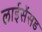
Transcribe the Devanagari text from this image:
लाईसेंसड